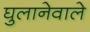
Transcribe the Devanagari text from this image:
घुलानेवाले